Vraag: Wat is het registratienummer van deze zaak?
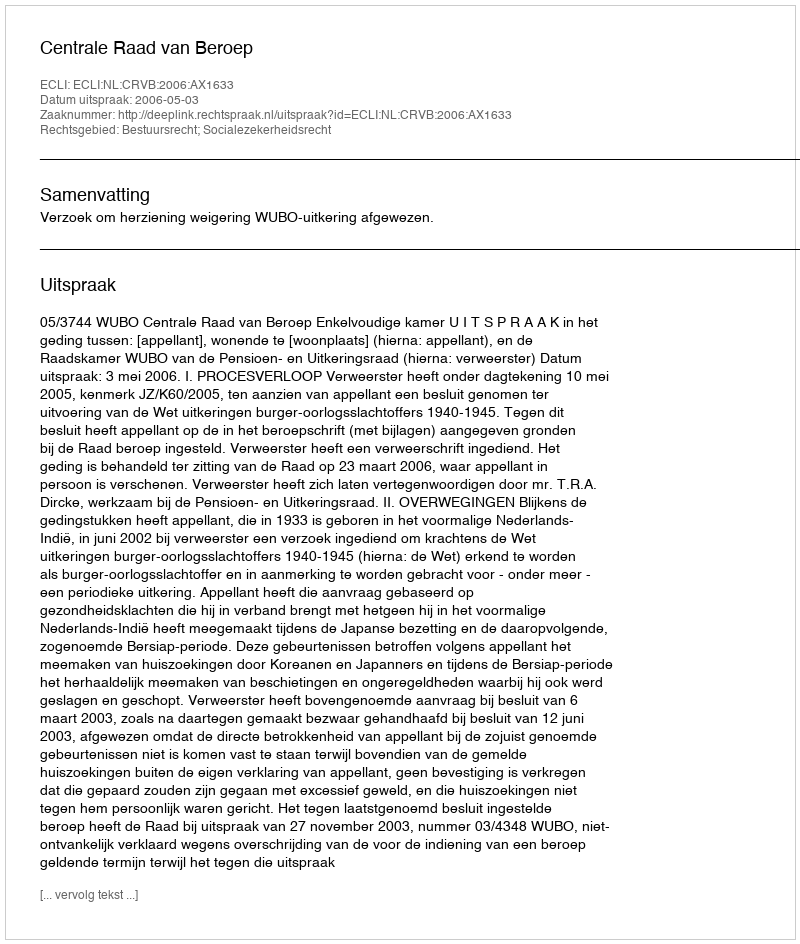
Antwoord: http://deeplink.rechtspraak.nl/uitspraak?id=ECLI:NL:CRVB:2006:AX1633